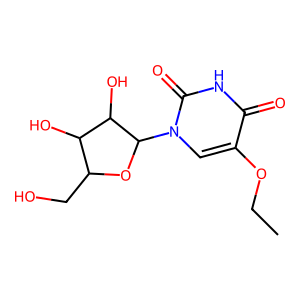
SMILES: CCOc1cn(C2OC(CO)C(O)C2O)c(=O)[nH]c1=O
Inhibits HIV replication: No